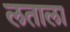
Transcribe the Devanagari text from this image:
लताला